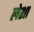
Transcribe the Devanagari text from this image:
लेशा